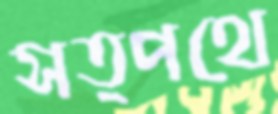
সত্পথে